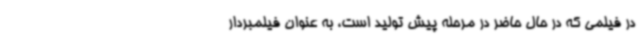
در فیلمی که در حال حاضر در مرحله پیش تولید است، به عنوان فیلمبردار